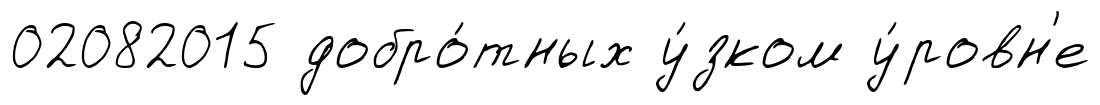
02082015 добро́тных у́зком у́ровн'е